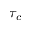
\tau _ { c }